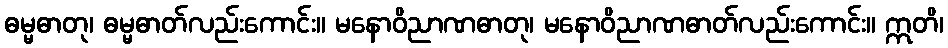
ဓမ္မဓာတု၊ ဓမ္မဓာတ်လည်းကောင်း။ မနောဝိညာဏဓာတု၊ မနောဝိညာဏဓာတ်လည်းကောင်း။ ဣတိ၊